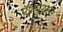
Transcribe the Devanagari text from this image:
ऍश्युरन्स